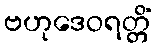
ဗဟုဒေဝရတ္တိံ